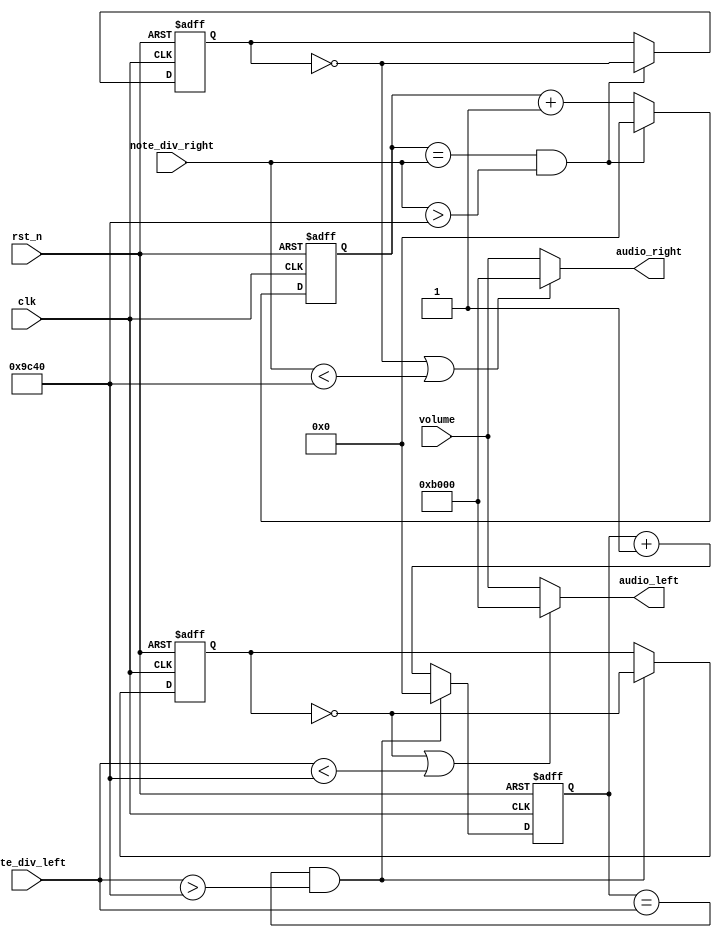
module buzzer_control( 
    input clk, // clock from crystal 
    input rst_n, // active low reset 
    input [15:0] volume,
    input [21:0] note_div_left, // div for note generation 
    input [21:0] note_div_right, // div for note generation 
    output [15:0] audio_left, // left sound audio 
    output [15:0] audio_right // right sound audio  
); 

reg [21:0] temp_clk_cnt_left, clk_cnt_left, temp_clk_cnt_right, clk_cnt_right; 
reg b_l_clk, temp_b_l_clk, b_r_clk, temp_b_r_clk;

// Note frequency generation 
always @(posedge clk or negedge rst_n) 
    if (~rst_n) begin 
        clk_cnt_left <= 22'd0; 
        clk_cnt_right <= 22'd0; 
        b_l_clk <= 1'b0; 
        b_r_clk <= 1'b0; 
    end 
    else begin 
        clk_cnt_left <= temp_clk_cnt_left; 
        clk_cnt_right <= temp_clk_cnt_right; 
        b_l_clk <= temp_b_l_clk; 
        b_r_clk <= temp_b_r_clk; 
    end 
always @* 
    if (clk_cnt_left == note_div_left && note_div_left > 22'd40000) begin 
        temp_clk_cnt_left = 22'd0; 
        temp_b_l_clk = ~b_l_clk; 
    end 
    else begin 
        temp_clk_cnt_left = clk_cnt_left + 1'b1; 
        temp_b_l_clk = b_l_clk; 
    end 

always @* 
    if (clk_cnt_right == note_div_right && note_div_right > 22'd40000) begin 
        temp_clk_cnt_right = 22'd0; 
        temp_b_r_clk = ~b_r_clk; 
    end 
    else begin 
        temp_clk_cnt_right = clk_cnt_right + 1'b1; 
        temp_b_r_clk = b_r_clk; 
    end 
// Assign the amplitude of the note 
assign audio_left = (b_l_clk == 1'b0 || note_div_left < 22'd40000) ? 16'hB000 : volume; 
assign audio_right = (b_r_clk == 1'b0 || note_div_right < 22'd40000) ? 16'hB000 : volume; 
endmodule